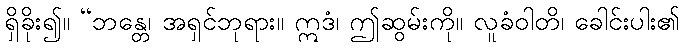
ရှိခိုး၍။ “ဘန္တေ၊ အရှင်ဘုရား။ ဣဒံ၊ ဤဆွမ်းကို။ လူခံဝါတိ၊ ခေါင်းပါး၏